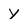
Character: y